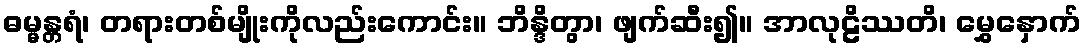
ဓမ္မန္တရံ၊ တရားတစ်မျိုးကိုလည်းကောင်း။ ဘိန္ဒိတွာ၊ ဖျက်ဆီး၍။ အာလုဠိဿတိ၊ မွှေနှောက်